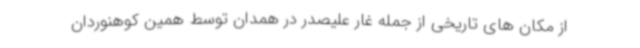
از مکان های تاریخی از جمله غار علیصدر در همدان توسط همین کوهنوردان